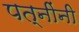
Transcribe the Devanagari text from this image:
पत्नींनी